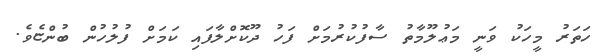
ހަތަރު މީހަކު ވަނީ މަޢުލޫމާތު ސާފުކުރުމަށް ފަހު ދޫކޮށްލާފައި ކަމަށް ފުލުހުން ބުންޏެވެ.